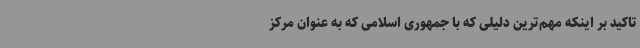
تاکید بر اینکه مهم‌ترین دلیلی که با جمهوری اسلامی که به عنوان مرکز